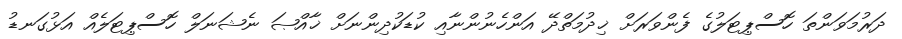
ދަރުމަވަންތަ ހޮސްޕިޓަލުގެ ފެންވަރަށް ޚިދުމަތްދޭ އަންހެނުންނާއި ކުޑަކުދިންނަށް ޚާއްޞަ ނެޝަނަލް ހޮސްޕިޓަލެއް އަޅުގަނޑު